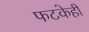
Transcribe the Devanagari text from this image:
फटकेही